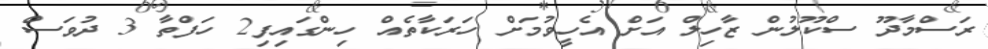
ރަސްމާދޫ ސްކޫލުން ޒާހިލް އަށް އެހީވުމަށް ހަރަކާތެއް ހިންގައިފި2 ހަފްތާ 3 ދުވަސް